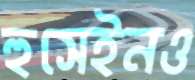
হুসেইনও